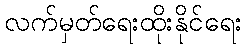
လက်မှတ်ရေးထိုးနိုင်ရေး